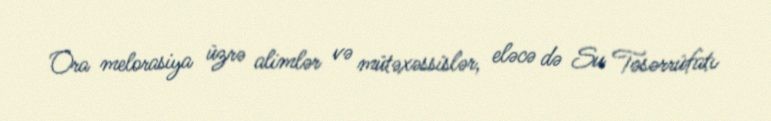
Ora melorasiya üzrə alimlər və mütəxəssislər, eləcə də Su Təsərrüfatı